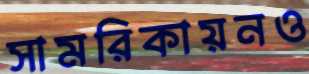
সামরিকায়নও